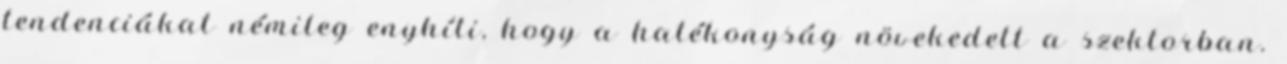
tendenciákat némileg enyhíti, hogy a hatékonyság növekedett a szektorban.